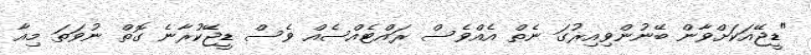
"ޑީޖޭއަކަށްވާން ބޭނުންވިއިރުގަ ނެތް އެއްވެސް ރައްޓެއްސެއް ވެސް ޑީޖޭކުރާނެ ގޮތް ނުވަތަ މިއާ